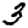
Digit: 3